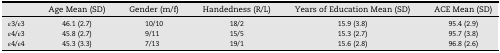
<table><thead><tr><td></td><td><b>Age Mean (SD)</b></td><td><b>Gender (m/f)</b></td><td><b>Handedness (R/L)</b></td><td><b>Years of Education Mean (SD)</b></td><td><b>ACE Mean (SD)</b></td></tr></thead><tbody><tr><td>ε3/ε3</td><td>46.1 (2.7)</td><td>10/10</td><td>18/2</td><td>15.9 (3.8)</td><td>95.4 (2.9)</td></tr><tr><td>ε4/ε3</td><td>45.8 (2.7)</td><td>9/11</td><td>15/5</td><td>15.3 (2.7)</td><td>95.7 (3.8)</td></tr><tr><td>ε4/ε4</td><td>45.3 (3.3)</td><td>7/13</td><td>19/1</td><td>15.6 (2.8)</td><td>96.8 (2.6)</td></tr></tbody></table>